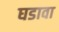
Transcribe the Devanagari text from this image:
घडावा